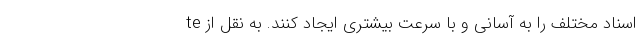
اسناد مختلف را به آسانی و با سرعت بیشتری ایجاد کنند. به نقل از te